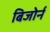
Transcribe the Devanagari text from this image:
बिजोर्न